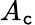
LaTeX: A_{\mathtt{c}}